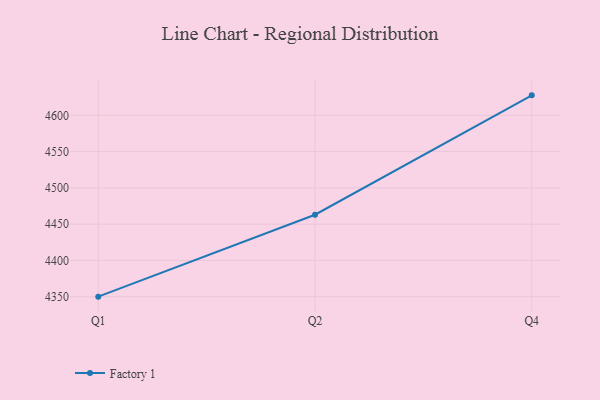
{"axis": {"x": "Quarter", "y": "Temperature (°C)"}, "legend": ["Factory 1"], "data": [{"x": "Q1", "y": 4350.1, "type": "Factory 1"}, {"x": "Q2", "y": 4463.0, "type": "Factory 1"}, {"x": "Q4", "y": 4627.5, "type": "Factory 1"}]}